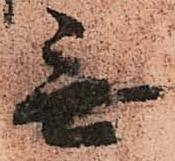
無